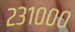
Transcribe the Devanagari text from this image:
२३१०००